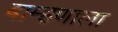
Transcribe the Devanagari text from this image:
बाम्हणाला